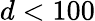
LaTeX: d<100